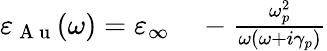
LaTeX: \begin{array}{rl}{\varepsilon_{\mathrm{~A~u~}}(\omega)=\varepsilon_{\infty}}&{{}-\frac{\omega_{p}^{2}}{\omega(\omega+i\gamma_{p})}}\end{array}